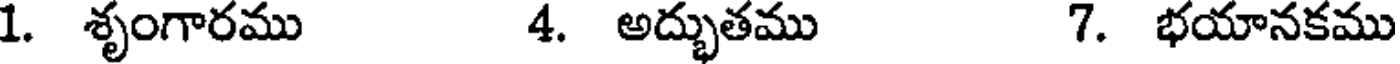
1. శృంగారము 4. అద్భుతము 7. భయానకము